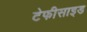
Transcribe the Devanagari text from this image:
टेफीसाइड